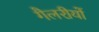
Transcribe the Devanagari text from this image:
गैलरीयों